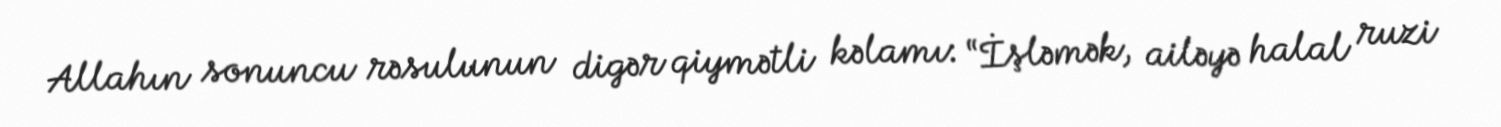
Allahın sonuncu rəsulunun digər qiymətli kəlamı: “İşləmək, ailəyə halal ruzi